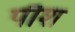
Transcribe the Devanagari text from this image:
पौश